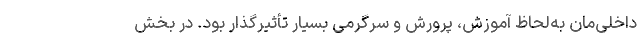
داخلی‌مان به‌لحاظ آموزش، پرورش و سرگرمی بسیار تأثیرگذار بود. در بخش